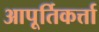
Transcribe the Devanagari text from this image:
आपूर्तिकर्त्ता